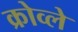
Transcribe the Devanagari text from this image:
क्रोव्ले